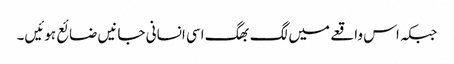
جبکہ اس واقعے میں لگ بھگ اسی انسانی جانیں ضائع ہوئیں۔